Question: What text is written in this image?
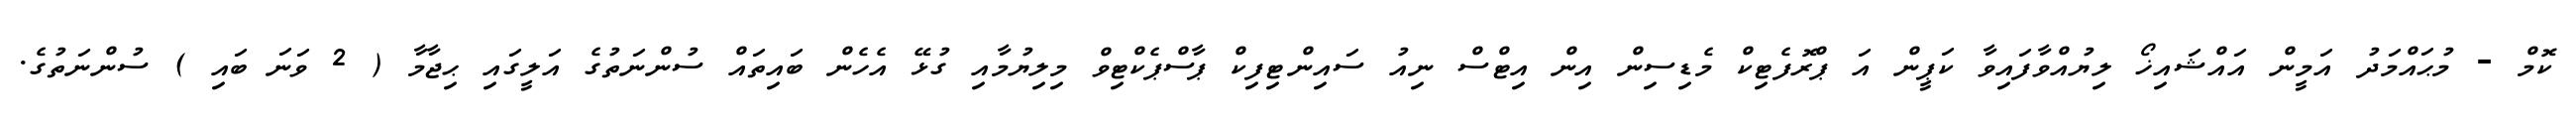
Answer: ކޮމް - މުޙައްމަދު އަމީން އައްޝައިޚޯ ލިޔުއްވާފައިވާ ކަޕީން އަ ޕްރޮފެޓިކް މެޑިސިން އިން އިޓްސް ނިއު ސައިންޓިފިކް ޕާސްޕެކްޓިވް މިލިޔުމާއި ގުޅޭ އެހެން ބައިތައް ސުންނަތުގެ އަލީގައި ޙިޖާމާ ( 2 ވަނަ ބައި ) ސުންނަތުގެ.